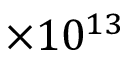
\times 1 0 ^ { 1 3 }